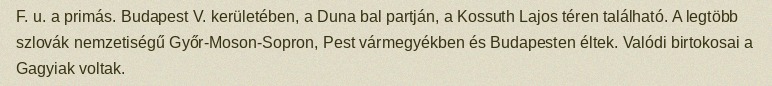
F. u. a primás. Budapest V. kerületében, a Duna bal partján, a Kossuth Lajos téren található. A legtöbb szlovák nemzetiségű Győr-Moson-Sopron, Pest vármegyékben és Budapesten éltek. Valódi birtokosai a Gagyiak voltak.